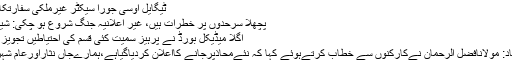
ٹیگایل اوسی جورا سیکٹر غیرملکی سفارتکار میڈیا
پچھلا سرحدوں پر خطرات ہیں، غیر اعلانیہ جنگ شروع ہو چکی: شیخ رشید
اگلا میڈیکل بورڈ نے پرہیز سمیت کئی قسم کی احتیاطیں تجویز کر دی
اسلام آباد: مولانافضل الرحمان نےکارکنوں سے خطاب کرتےہوئے کہا کہ نئےمحاذپرجانے کااعلان کردیاگیاہے،ہمارےجاں نثاراورعام شہری …